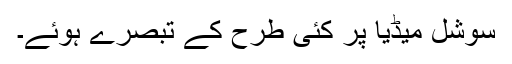
سوشل میڈیا پر کئی طرح کے تبصرے ہوئے۔